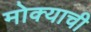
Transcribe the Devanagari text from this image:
मोक्याची